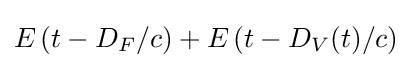
E\left(t-D_{F}/c\right)+E\left(t-D_{V}(t)/c\right)